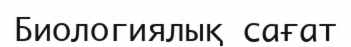
Биологиялық сағат